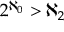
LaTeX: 2 ^ { \aleph _ { 0 } } > \aleph _ { 2 }